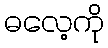
ဓလေ့ကို